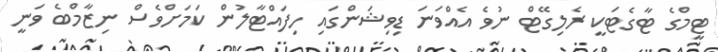
ޓީމްގެ ޓާގެޓަކީ ރެލިގޭޓް ނުވެ އެއްވަނަ ޑިވިޝަންގައި ހިފައްޓާލުން ކަމަށްވެސް ނިޒާމްބެ ވަނީ